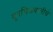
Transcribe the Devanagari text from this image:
दूरचित्रवानीचे